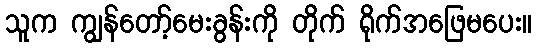
သူက ကျွန်တော့်မေးခွန်းကို တိုက် ရိုက်အဖြေမပေး။